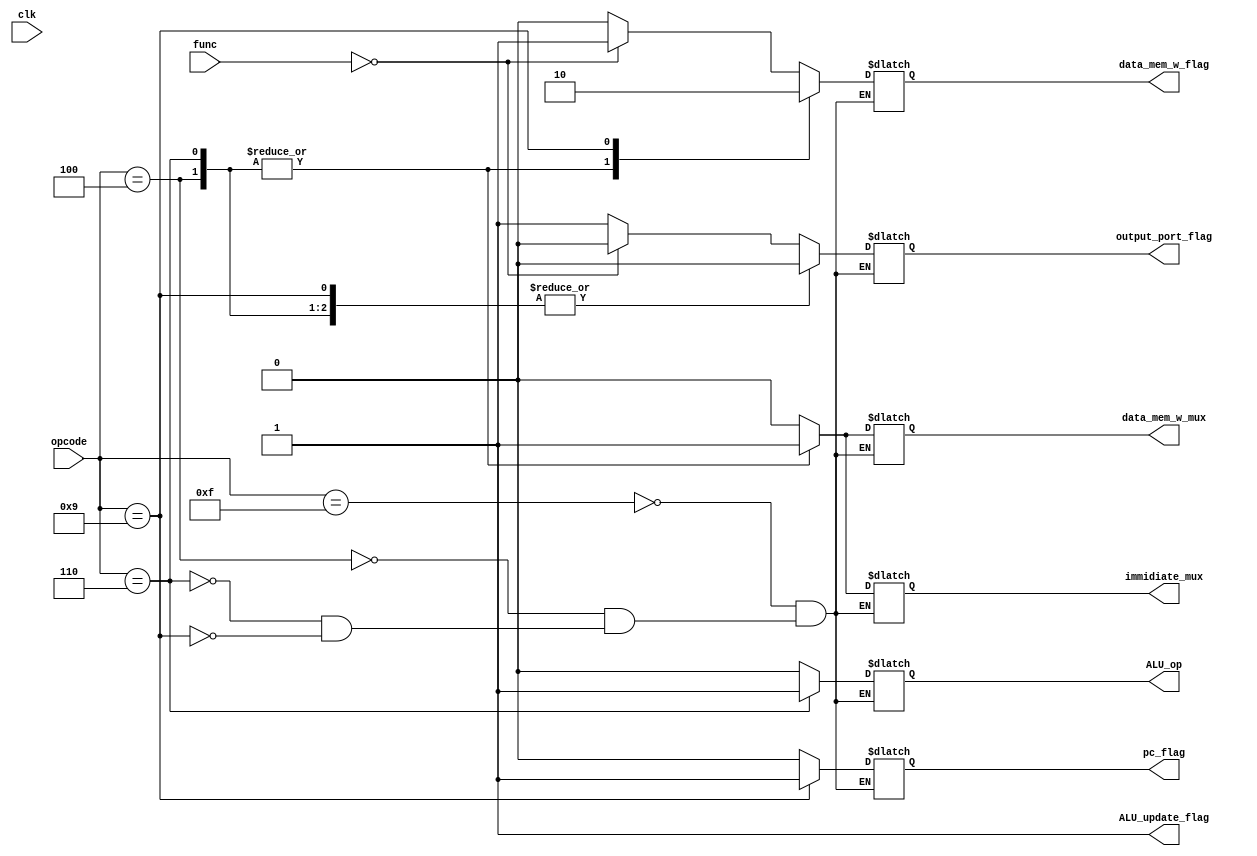
	module controller(
		input clk,
		input [3:0] opcode,
		input [5:0] func,

		output reg ALU_op,
		output reg immidiate_mux,
		output reg pc_flag,
		output reg data_mem_w_flag,
		output reg data_mem_w_mux,
		output reg output_port_flag,
		output reg ALU_update_flag
	);

	always @(*) begin
		ALU_update_flag = 0;
		case(opcode)
			4'd15: begin
				case(func)
					6'd0:begin
						ALU_op = 0;
						immidiate_mux = 0;
						pc_flag = 0;
						data_mem_w_flag =1;
						data_mem_w_mux = 0;
						output_port_flag =0;
						end
					default: begin
						ALU_op = 0;
						immidiate_mux = 0;
						pc_flag = 0;
						data_mem_w_flag =0;
						data_mem_w_mux =0;
						output_port_flag =1;
						end
					endcase
				end
			4'd4: begin
				ALU_op = 0;
				immidiate_mux = 1;
				pc_flag = 0;
				data_mem_w_flag =1;
				data_mem_w_mux = 1;
				output_port_flag = 0;
				end
			4'd6: begin
				ALU_op = 1;
				immidiate_mux = 1;
				pc_flag = 0;
				data_mem_w_flag = 1;
				data_mem_w_mux = 1;
				output_port_flag = 0;
				end
			4'd9: begin
				ALU_op = 0;
				immidiate_mux = 0;
				pc_flag = 1;
				data_mem_w_flag =0;
				data_mem_w_mux = 0;
				output_port_flag = 0;
				end
			endcase
			ALU_update_flag = 1;
		end
	endmodule